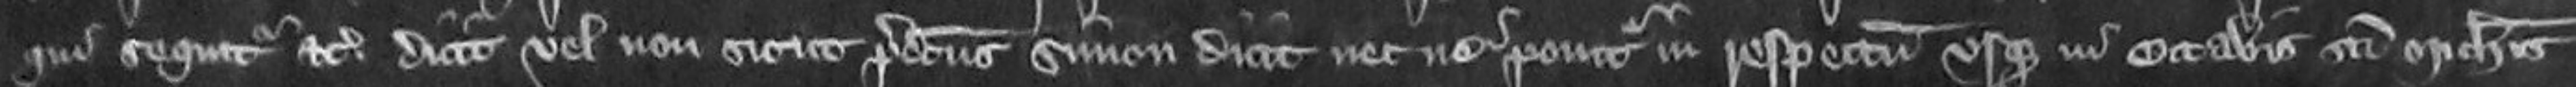
qui sequitur etc dicit vel non sicut predictus Simon dicit nec ne ponitur in respectum usque in Octabis Sancti Michaelis